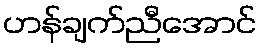
ဟန်ချက်ညီအောင်